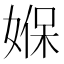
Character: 媬